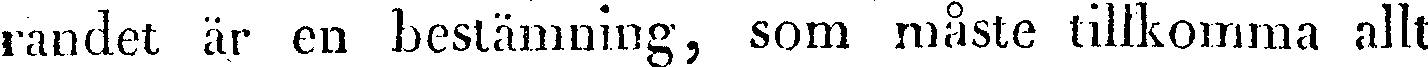
randet är en bestämning, som måste tillkomma allt